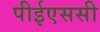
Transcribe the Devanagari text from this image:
पीईएससी